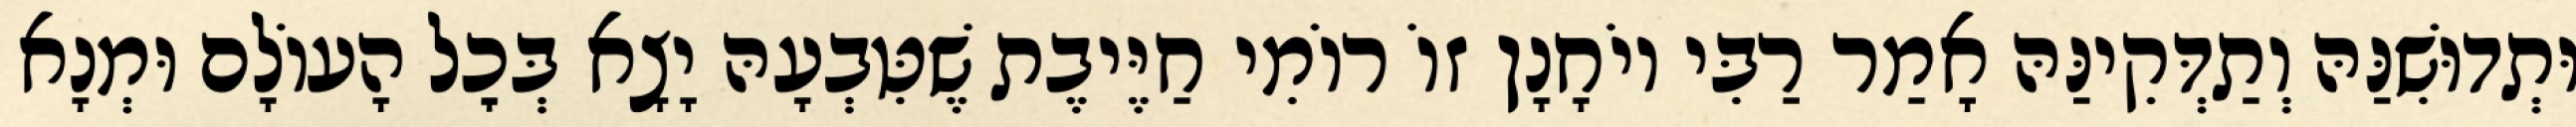
וּתְדוּשִׁנַּהּ וְתַדְּקִינַּהּ אָמַר רַבִּי יוֹחָנָן זוֹ רוֹמִי חַיֶּיבֶת שֶׁטִּבְעָהּ יָצָא בְּכׇל הָעוֹלָם וּמְנָא